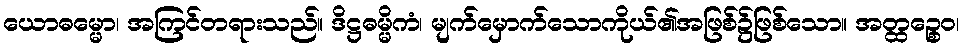
ယောဓမ္မော၊ အကြင်တရားသည်။ ဒိဋ္ဌဓမ္မိကံ၊ မျက်မှောက်သောကိုယ်၏အဖြစ်၌ဖြစ်သော။ အတ္ထဉ္စေဝ၊